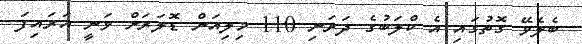
ބެލެވޭ ގޮތުގައި އެ ކްލަބުގެ ދަރަނި 110 މިލިއަން ޑޮލަރަށް ވަނީ އަރައިފަ